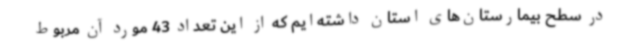
در سطح بیمارستان‌های استان داشته‌ایم که از این تعداد 43 مورد آن مربوط